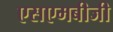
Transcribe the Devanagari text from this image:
एसएमबीजी